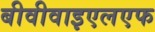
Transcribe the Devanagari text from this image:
बीवीवाइएलएफ